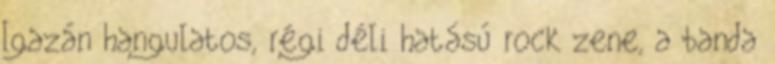
Igazán hangulatos, régi déli hatású rock zene, a banda